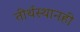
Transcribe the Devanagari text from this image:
तीर्थस्थानही